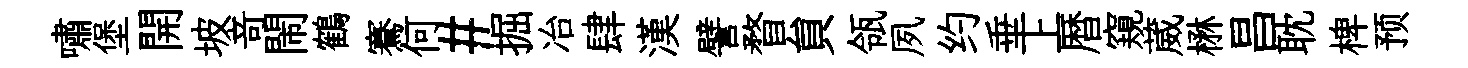
嘯堡開坡竒閙鶴騫何#掘冶肆漢譬瞀貟瓴夙约垂上暦窺葳楙昌耽椑预